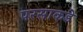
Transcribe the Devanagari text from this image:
परसाकडे